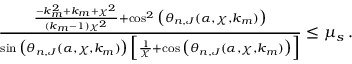
\begin{array} { r } { \frac { \frac { - k _ { m } ^ { 2 } + k _ { m } + \chi ^ { 2 } } { ( k _ { m } - 1 ) \chi ^ { 2 } } + \cos ^ { 2 } \big ( \theta _ { n , J } ( \alpha , \chi , k _ { m } ) \big ) } { \sin \big ( \theta _ { n , J } ( \alpha , \chi , k _ { m } ) \big ) \, \Big [ \frac { 1 } { \chi } + \cos \big ( \theta _ { n , J } ( \alpha , \chi , k _ { m } ) \big ) \Big ] } \leq \mu _ { s } \, . } \end{array}